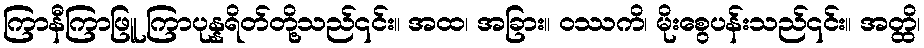
ကြာနီကြာဖြူ ကြာပုန္နရိတ်တို့သည်၎င်း။ အထ၊ အခြား။ ဝဿကိ၊ မိုးစွေပန်းသည်၎င်း။ အတ္ထိ၊